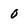
Character: 0